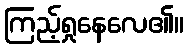
ကြည့်ရှုနေလေ၏။